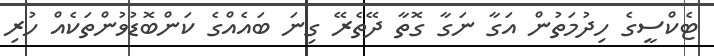
ޓެކްސީގެ ހިދުމަތުން އަގާ ނަގާ ގޮތާ ދޭތެރޭ ގިނަ ބައެއްގެ ކަންބޮޑުވުންތަކެއް ހުރި